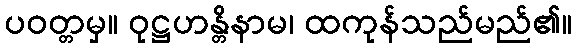
ပဝတ္တမှ။ ဝုဋ္ဌဟန္တိနာမ၊ ထကုန်သည်မည်၏။